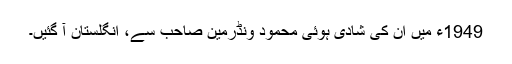
1949ء میں ان کی شادی ہوئی محمود ونڈرمین صاحب سے، انگلستان آ گئیں۔